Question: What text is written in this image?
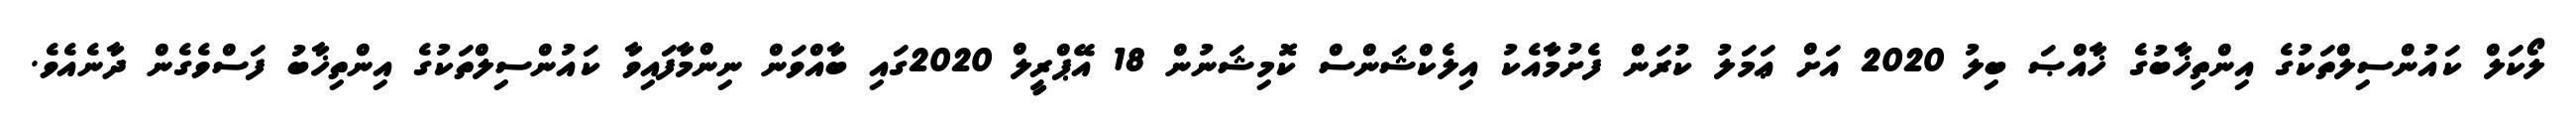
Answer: ލޯކަލް ކައުންސިލްތަކުގެ އިންތިޚާބުގެ ޚާއްޞަ ބިލު 2020 އަށް ޢަމަލު ކުރަން ފެށުމާއެކު އިލެކްޝަންސް ކޮމިޝަނުން 18 އޭޕްރީލް 2020ގައި ބާއްވަން ނިންމާފައިވާ ކައުންސިލްތަކުގެ އިންތިޚާބު ފަސްވެގެން ދާނެއެވެ.